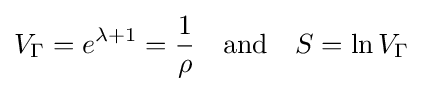
V_{\Gamma }=e^{\lambda +1}={\frac {1}{\rho }}\quad {\text{and}}\quad S=\ln V_{\Gamma }